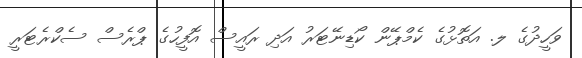
ވަހީދުގެ ލ. އަތޮޅުގެ ކެމްޕޭން ކޯޑިނޭޓަރު އަދި ރައީސް އޮފީހުގެ ޕްރެސް ސެކްރެޓަރީ